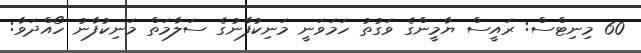
60 މިނިޓްސް: ރައީސް ޔާމީންގެ ވަގުތު ހަމަވަނީ މަނިކުފާނުގެ ސަލާމަތް މަނިކުފާނު ހޯއްދަވާ: